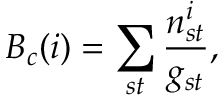
B _ { c } ( i ) = \sum _ { s t } \frac { n _ { s t } ^ { i } } { g _ { s t } } ,